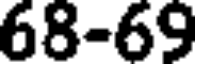
68-69